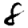
Digit: 8